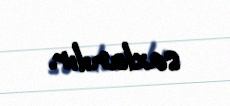
saxlanılır.